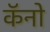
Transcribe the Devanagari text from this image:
कॅनो